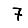
Digit: 7